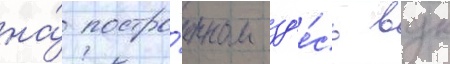
на́ постро́енном зд'е́сь вдк